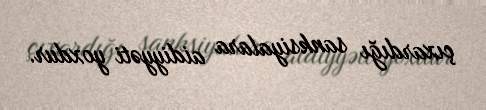
çıxardığı sanksiyalara aidiyyəti yoxdur.